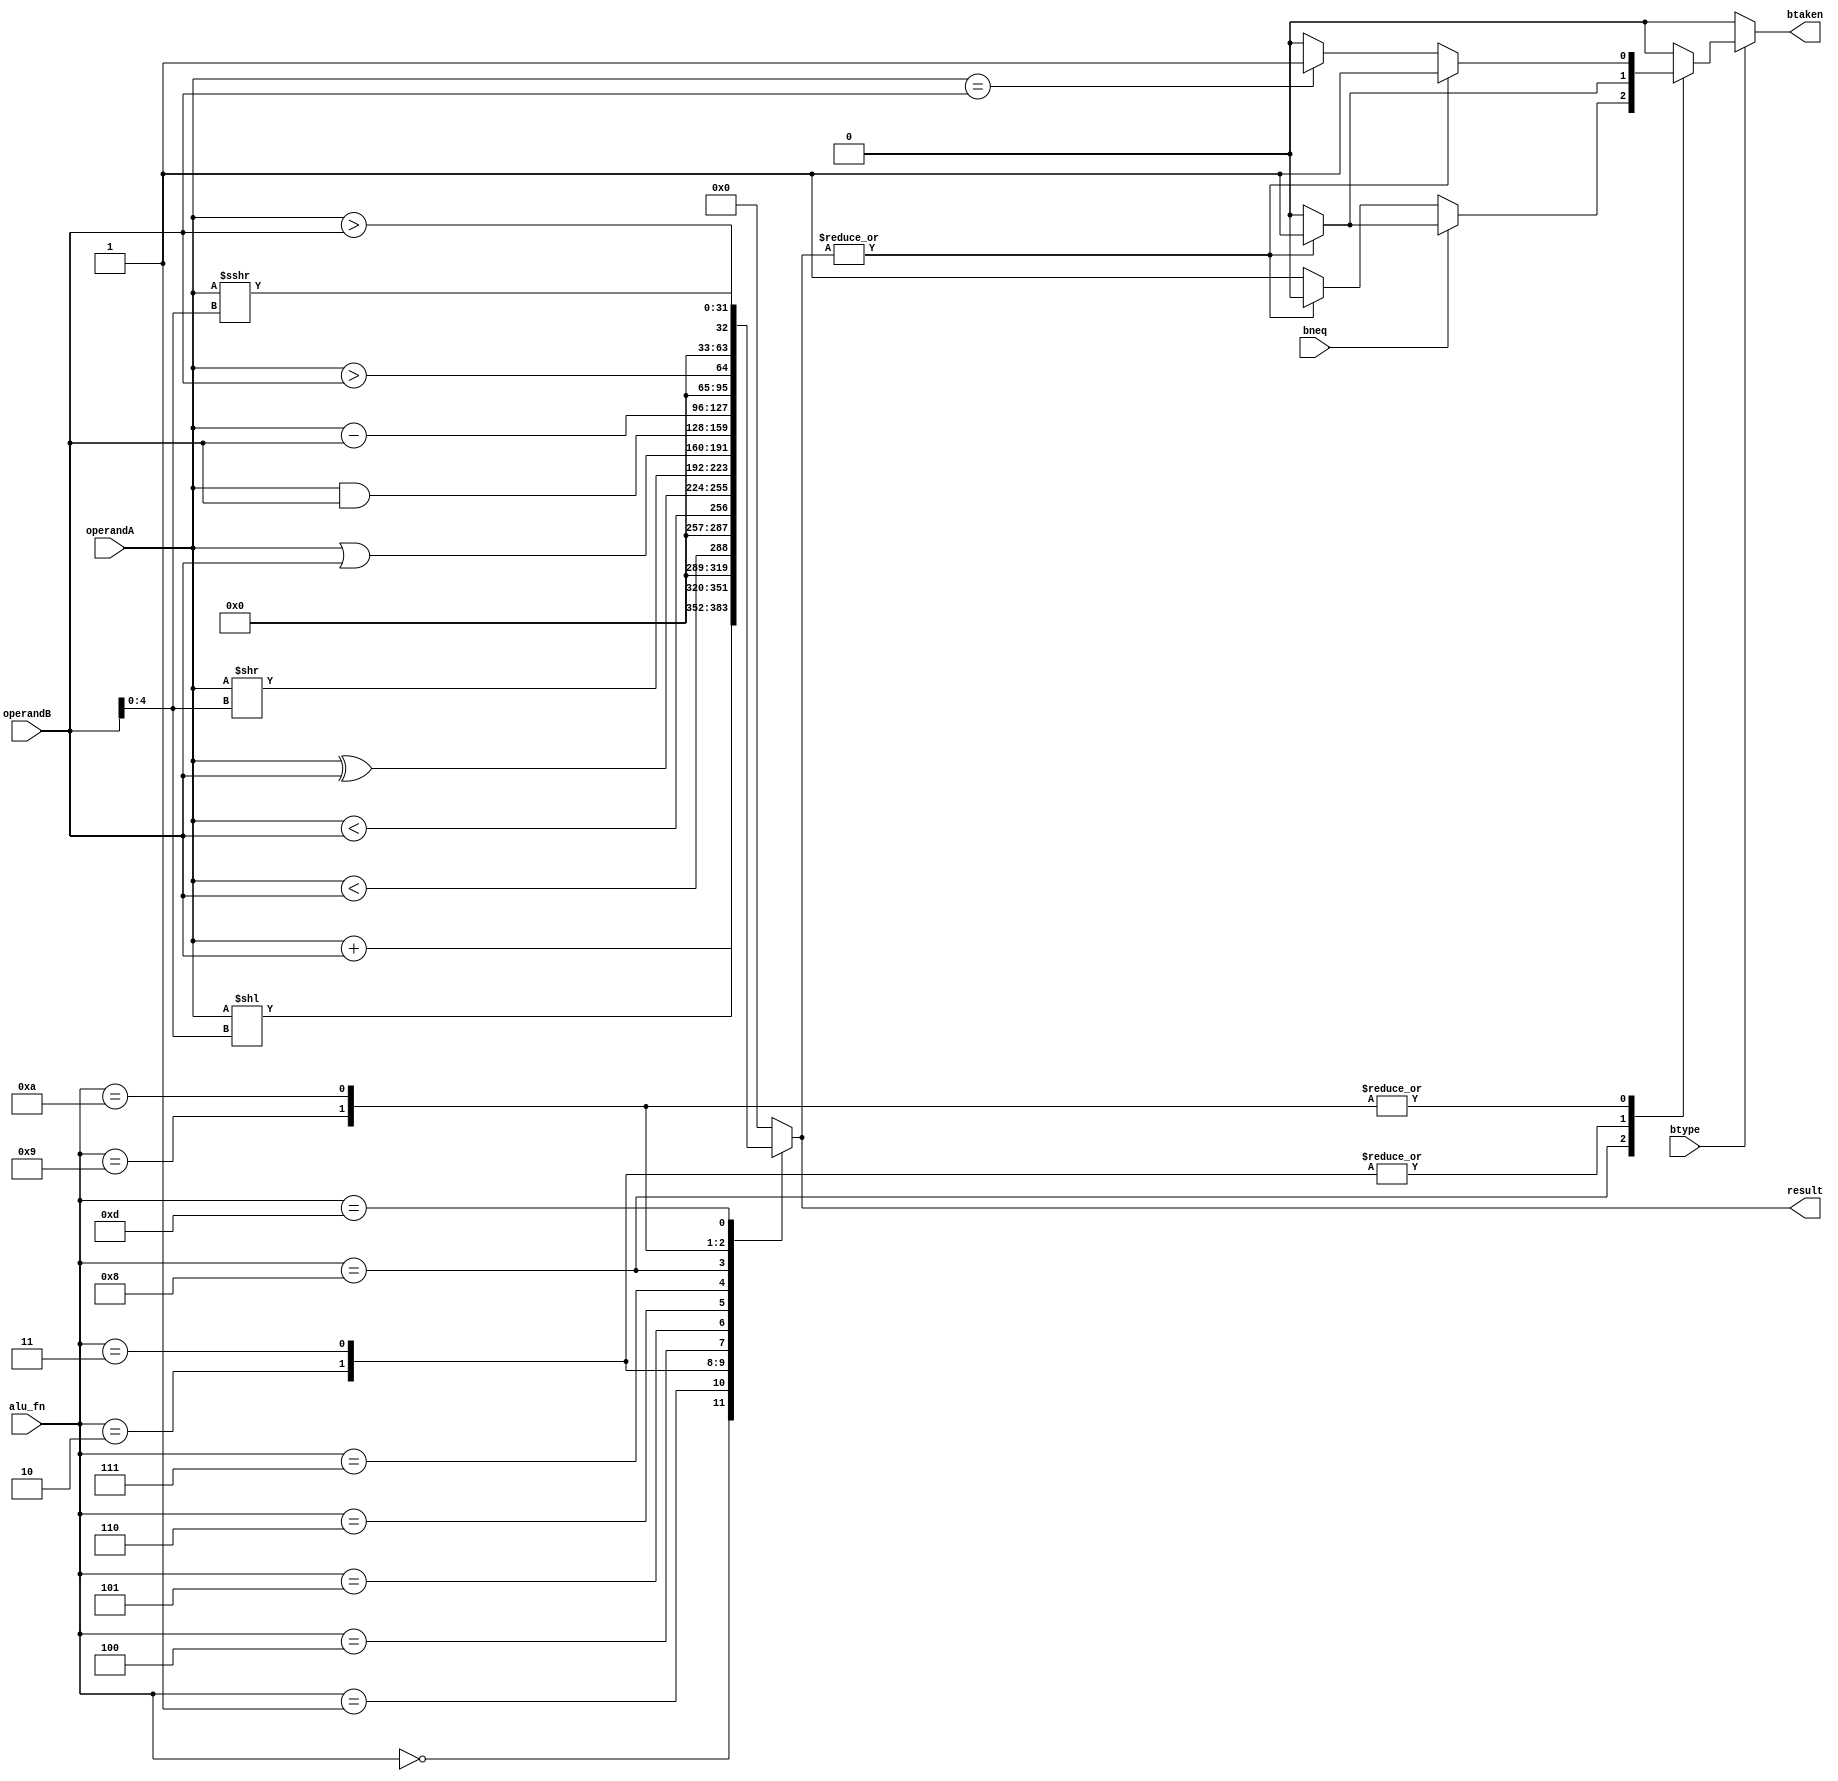
module alu (
	input wire bneq,
	input wire btype,
	input wire [3:0] alu_fn,
	input wire [31:0] operandA,
	input wire [31:0] operandB,
	output reg btaken,
	output reg [31:0] result
);

	always @(*) begin
		case (alu_fn)
			4'b0000: result = $signed(operandA) + $signed(operandB);
			4'b0001: result = $signed(operandA) << $signed(operandB[4:0]);
			4'b0010: result = $signed(operandA) < $signed(operandB);
			4'b0011: result = operandA < operandB;
			4'b0100: result = $signed(operandA) ^ $signed(operandB);
			4'b0101: result = $signed(operandA) >> $signed(operandB[4:0]);
			4'b0110: result = $signed(operandA) | $signed(operandB);
			4'b0111: result = $signed(operandA) & $signed(operandB);
			4'b1000: result = $signed(operandA) - $signed(operandB);
			4'b1001: result = $signed(operandA) > $signed(operandB);
			4'b1010: result = operandA > operandB;
			4'b1101: result = $signed(operandA) >>> $signed(operandB[4:0]);
			default: result = 0;
		endcase
		if (btype)
			case (alu_fn)
				4'b1000:
					if (bneq)
						btaken = (|result ? 1'b1 : 1'b0);
					else
						btaken = (~|result ? 1'b1 : 1'b0);
				4'b0010: btaken = (|result ? 1'b1 : 1'b0);
				4'b0011: btaken = (|result ? 1'b1 : 1'b0);
				4'b1001: btaken = (|result ? 1'b1 : (operandA == operandB ? 1'b1 : 1'b0));
				4'b1010: btaken = (|result ? 1'b1 : (operandA == operandB ? 1'b1 : 1'b0));
				default: btaken = 0;
			endcase
		else
			btaken = 0;
	end
endmodule